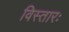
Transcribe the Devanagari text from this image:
विस्तारः